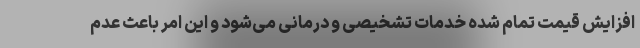
افزایش قیمت تمام شده خدمات تشخیصی و درمانی می‌شود و این امر باعث عدم